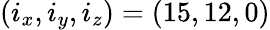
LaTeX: (i_{x},i_{y},i_{z})=(15,12,0)